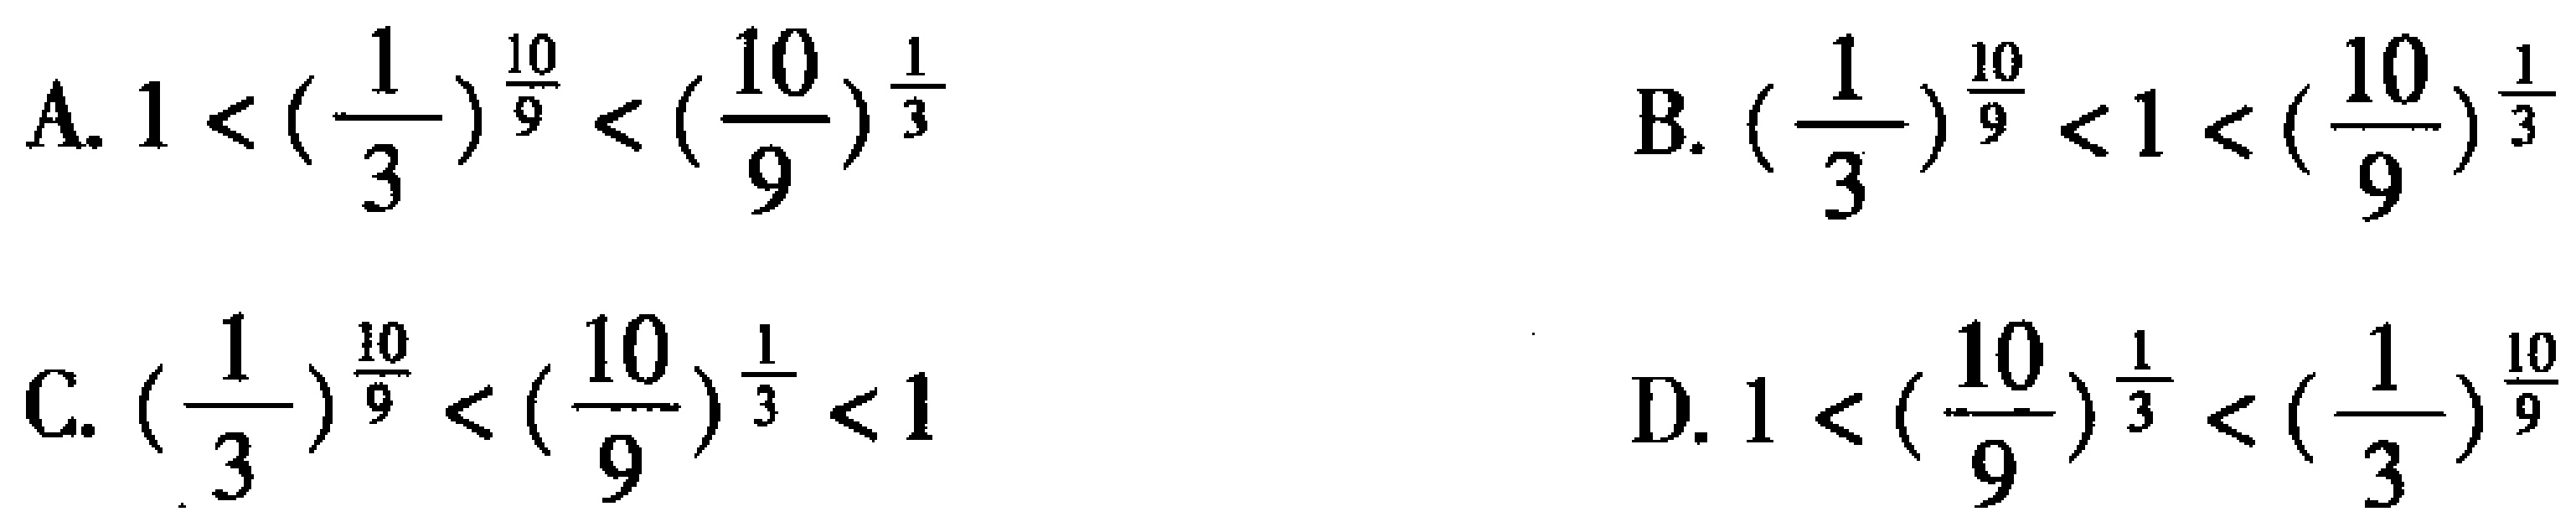
A. \(1 < (\frac{1}{3})^{\frac{10}{9}} < (\frac{10}{9})^{\frac{1}{3}}\)

B. \((\frac{1}{3})^{\frac{10}{9}} < 1 < (\frac{10}{9})^{\frac{1}{3}}\)

C. \((\frac{1}{3})^{\frac{10}{9}} < (\frac{10}{9})^{\frac{1}{3}} < 1\)

D. \(1 < (\frac{10}{9})^{\frac{1}{3}} < (\frac{1}{3})^{\frac{10}{9}}\)